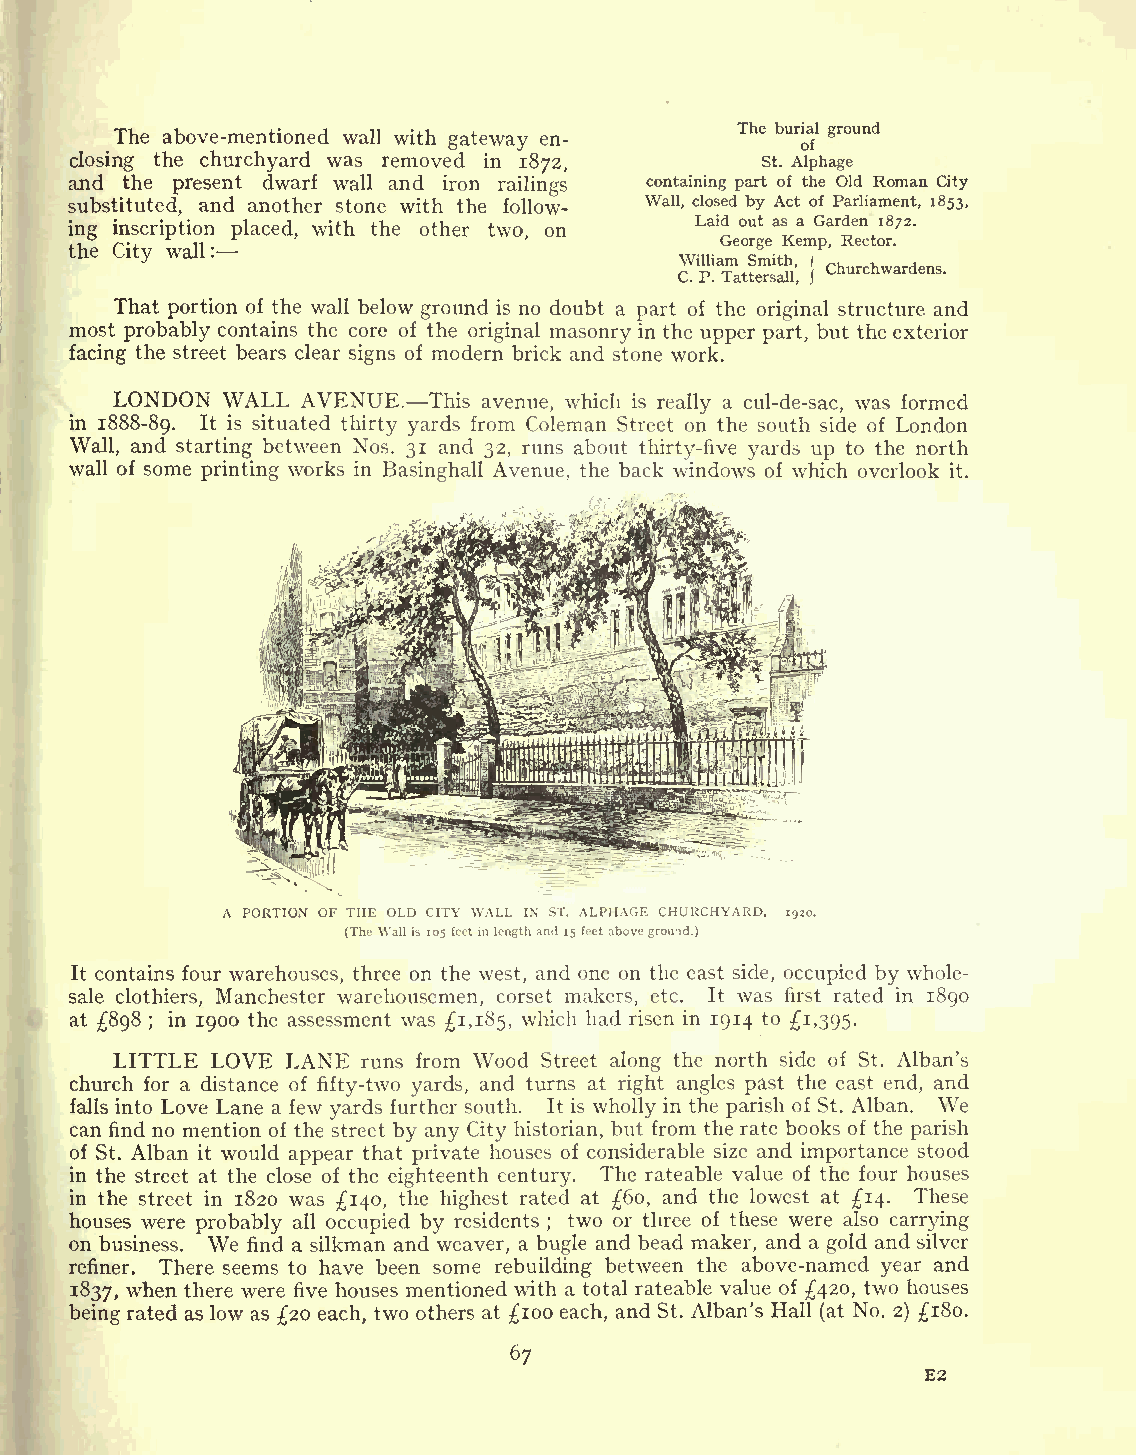
The above-mentioned wall with gateway en- The buri oa fl ground
 closing the churchyard was removed in 1872,  St. Alphage
 and the present dwarf wall and iron railings containing part of the Old Roman City
 substituted, and another stone with the follow- Wall, closed by Act of Parliament, 1853,
 ing inscription placed, with the other two, on Laid out as a Garden 1872.
 George Kemp, Rector.
 the City wall :                         William Smith,
 Churchwardens.
 C. P. Tattersall,
 That portion of the wall below ground is no doubt a part of the original structure and
 most probably contains the core of the original masonry in the upper part, but the exterior
 facing the street bears clear signs of modern brick and stone work.
 LONDON WALL AVENUE. This avenue, which is really a cul-de-sac, was formed
 in 1888-89. It is situated thirty yards from Coleman Street on the south side of London
 Wall, and starting between Nos. 31 and 32, runs about thirty-five yards up to the north
 wall of some printing works in Basinghall Avenue, the back windows of which overlook it.
 A PORTION OF THE OLD CITY WALL IN ST. ALPHAGE CHURCHYARD. 1920.
 (The Wallis 105feetinlengthand 15 feetabovegrou-id.)
 It contains four warehouses, three on the west, and one on the east side, occupied by whole-
 sale clothiers, Manchester warehousemen, corset makers, etc. It was first rated in 1890
 at 898 in 1900 the assessment was 1,185, which had risen in 1914 to 1,395.
 ;
 LITTLE LOVE LANE runs from Wood Street along the north side of St. Alban's
 church for a distance of fifty-two yards, and turns at right angles past the east end, and
 We
 falls into Love Lane a few yards further south. It is wholly in the parish of St. Alban.
 can find no mention of the street by any City historian, but from the rate books of the parish
 of St. Alban it would appear that private houses of considerable size and importance stood
 in the street at the close of the eighteenth century. The rateable value of the four houses
 in the street in 1820 was 140, the highest rated at 60, and the lowest at 14. These
 houses were probably all occupied by residents two or three of these were also carrying
 on business. We find a silkman and weaver, a bu; gle and bead maker, and a gold and silver
 refiner. There seems to have been some rebuilding between the above-named year and
 1837, when there were five houses mentioned with a total rateable value of 420, two houses
 being rated as low as 20 each, two others at 100 each, and St. Alban's Hall (at No. 2) 180.
 67
 E2